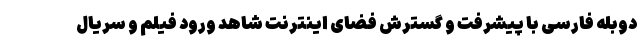
دوبله فارسی با پیشرفت و گسترش فضای اینترنت شاهد ورود فیلم و سریال